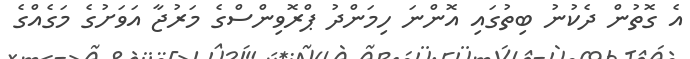
އެ ގޮތުން ދެކުނު ބިތުގައި އޮންނަ ހިމަންދު ޕްރޮވިންސްގެ މަރުޖާ އަވަށުގެ މަގެއްގެ